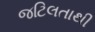
જટિલતાથી